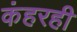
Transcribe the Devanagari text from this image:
कंहरही